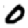
Digit: 0